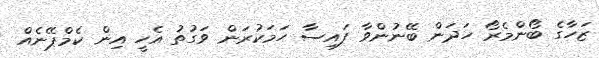
ޒަހާގެ ބޯންމެރޯ ހަދަން ބޭނުންވާ ފައިސާ ހަމަކުރަން ވަގުތު އެހީ އިން ކެމްޕޭނެއް